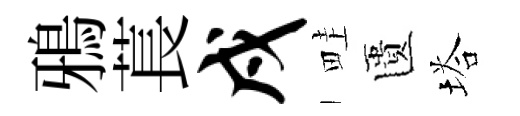
鴉萇戍畦匱塔